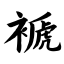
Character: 褫